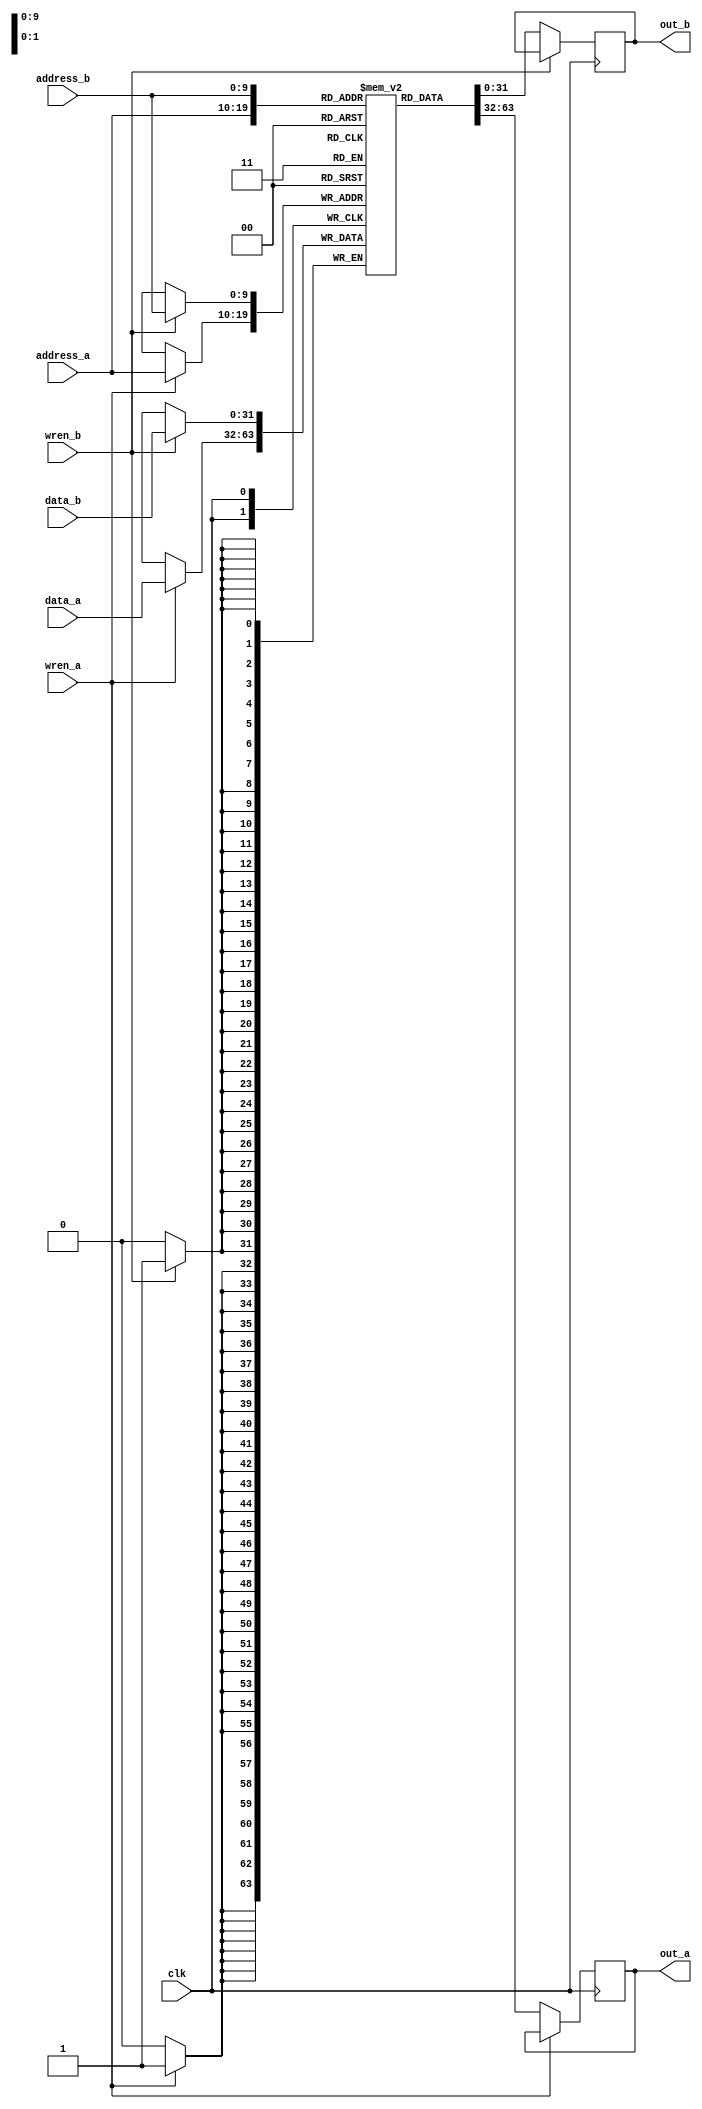
module dpram (
	clk,
	address_a,
	address_b,
	wren_a,
	wren_b,
	data_a,
	data_b,
	out_a,
	out_b
);

parameter AWIDTH=10;
parameter NUM_WORDS=1024;
parameter DWIDTH=32;

input clk;
input [(AWIDTH-1):0] address_a;
input [(AWIDTH-1):0] address_b;
input  wren_a;
input  wren_b;
input [(DWIDTH-1):0] data_a;
input [(DWIDTH-1):0] data_b;
output reg [(DWIDTH-1):0] out_a;
output reg [(DWIDTH-1):0] out_b;

`ifndef SIMULATION_MEMORY
 `define SIMULATION_MEMORY
`endif

`ifdef SIMULATION_MEMORY

reg [DWIDTH-1:0] ram[NUM_WORDS-1:0];

always @ (posedge clk) begin 
  if (wren_a) begin
      ram[address_a] <= data_a;
  end
  else begin
      out_a <= ram[address_a];
  end
end
  
always @ (posedge clk) begin 
  if (wren_b) begin
      ram[address_b] <= data_b;
  end 
  else begin
      out_b <= ram[address_b];
  end
end

`else

dual_port_ram u_dual_port_ram(
.addr1(address_a),
.we1(wren_a),
.data1(data_a),
.out1(out_a),
.addr2(address_b),
.we2(wren_b),
.data2(data_b),
.out2(out_b),
.clk(clk)
);

`endif

endmodule

module spram (
    clk,
	address,
	wren,
	data,
	out
);

parameter AWIDTH=10;
parameter NUM_WORDS=1024;
parameter DWIDTH=32;

input clk;
input [(AWIDTH-1):0] address;
input  wren;
input [(DWIDTH-1):0] data;
output reg [(DWIDTH-1):0] out;

`ifdef SIMULATION_MEMORY

reg [DWIDTH-1:0] ram[NUM_WORDS-1:0];

always @ (posedge clk) begin 
  if (wren) begin
      ram[address] <= data;
  end
  else begin
      out <= ram[address];
  end
end
  
`else

single_port_ram u_single_port_ram(
.addr(address),
.we(wren),
.data(data),
.out(out),
.clk(clk)
);

`endif

endmodule